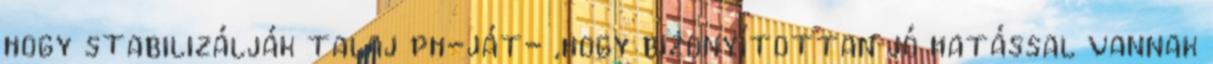
hogy stabilizálják talaj ph-ját- ,hogy bizonyítottan jó hatással vannak